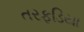
તરફડિયા